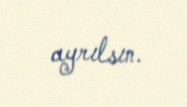
ayrılsın.